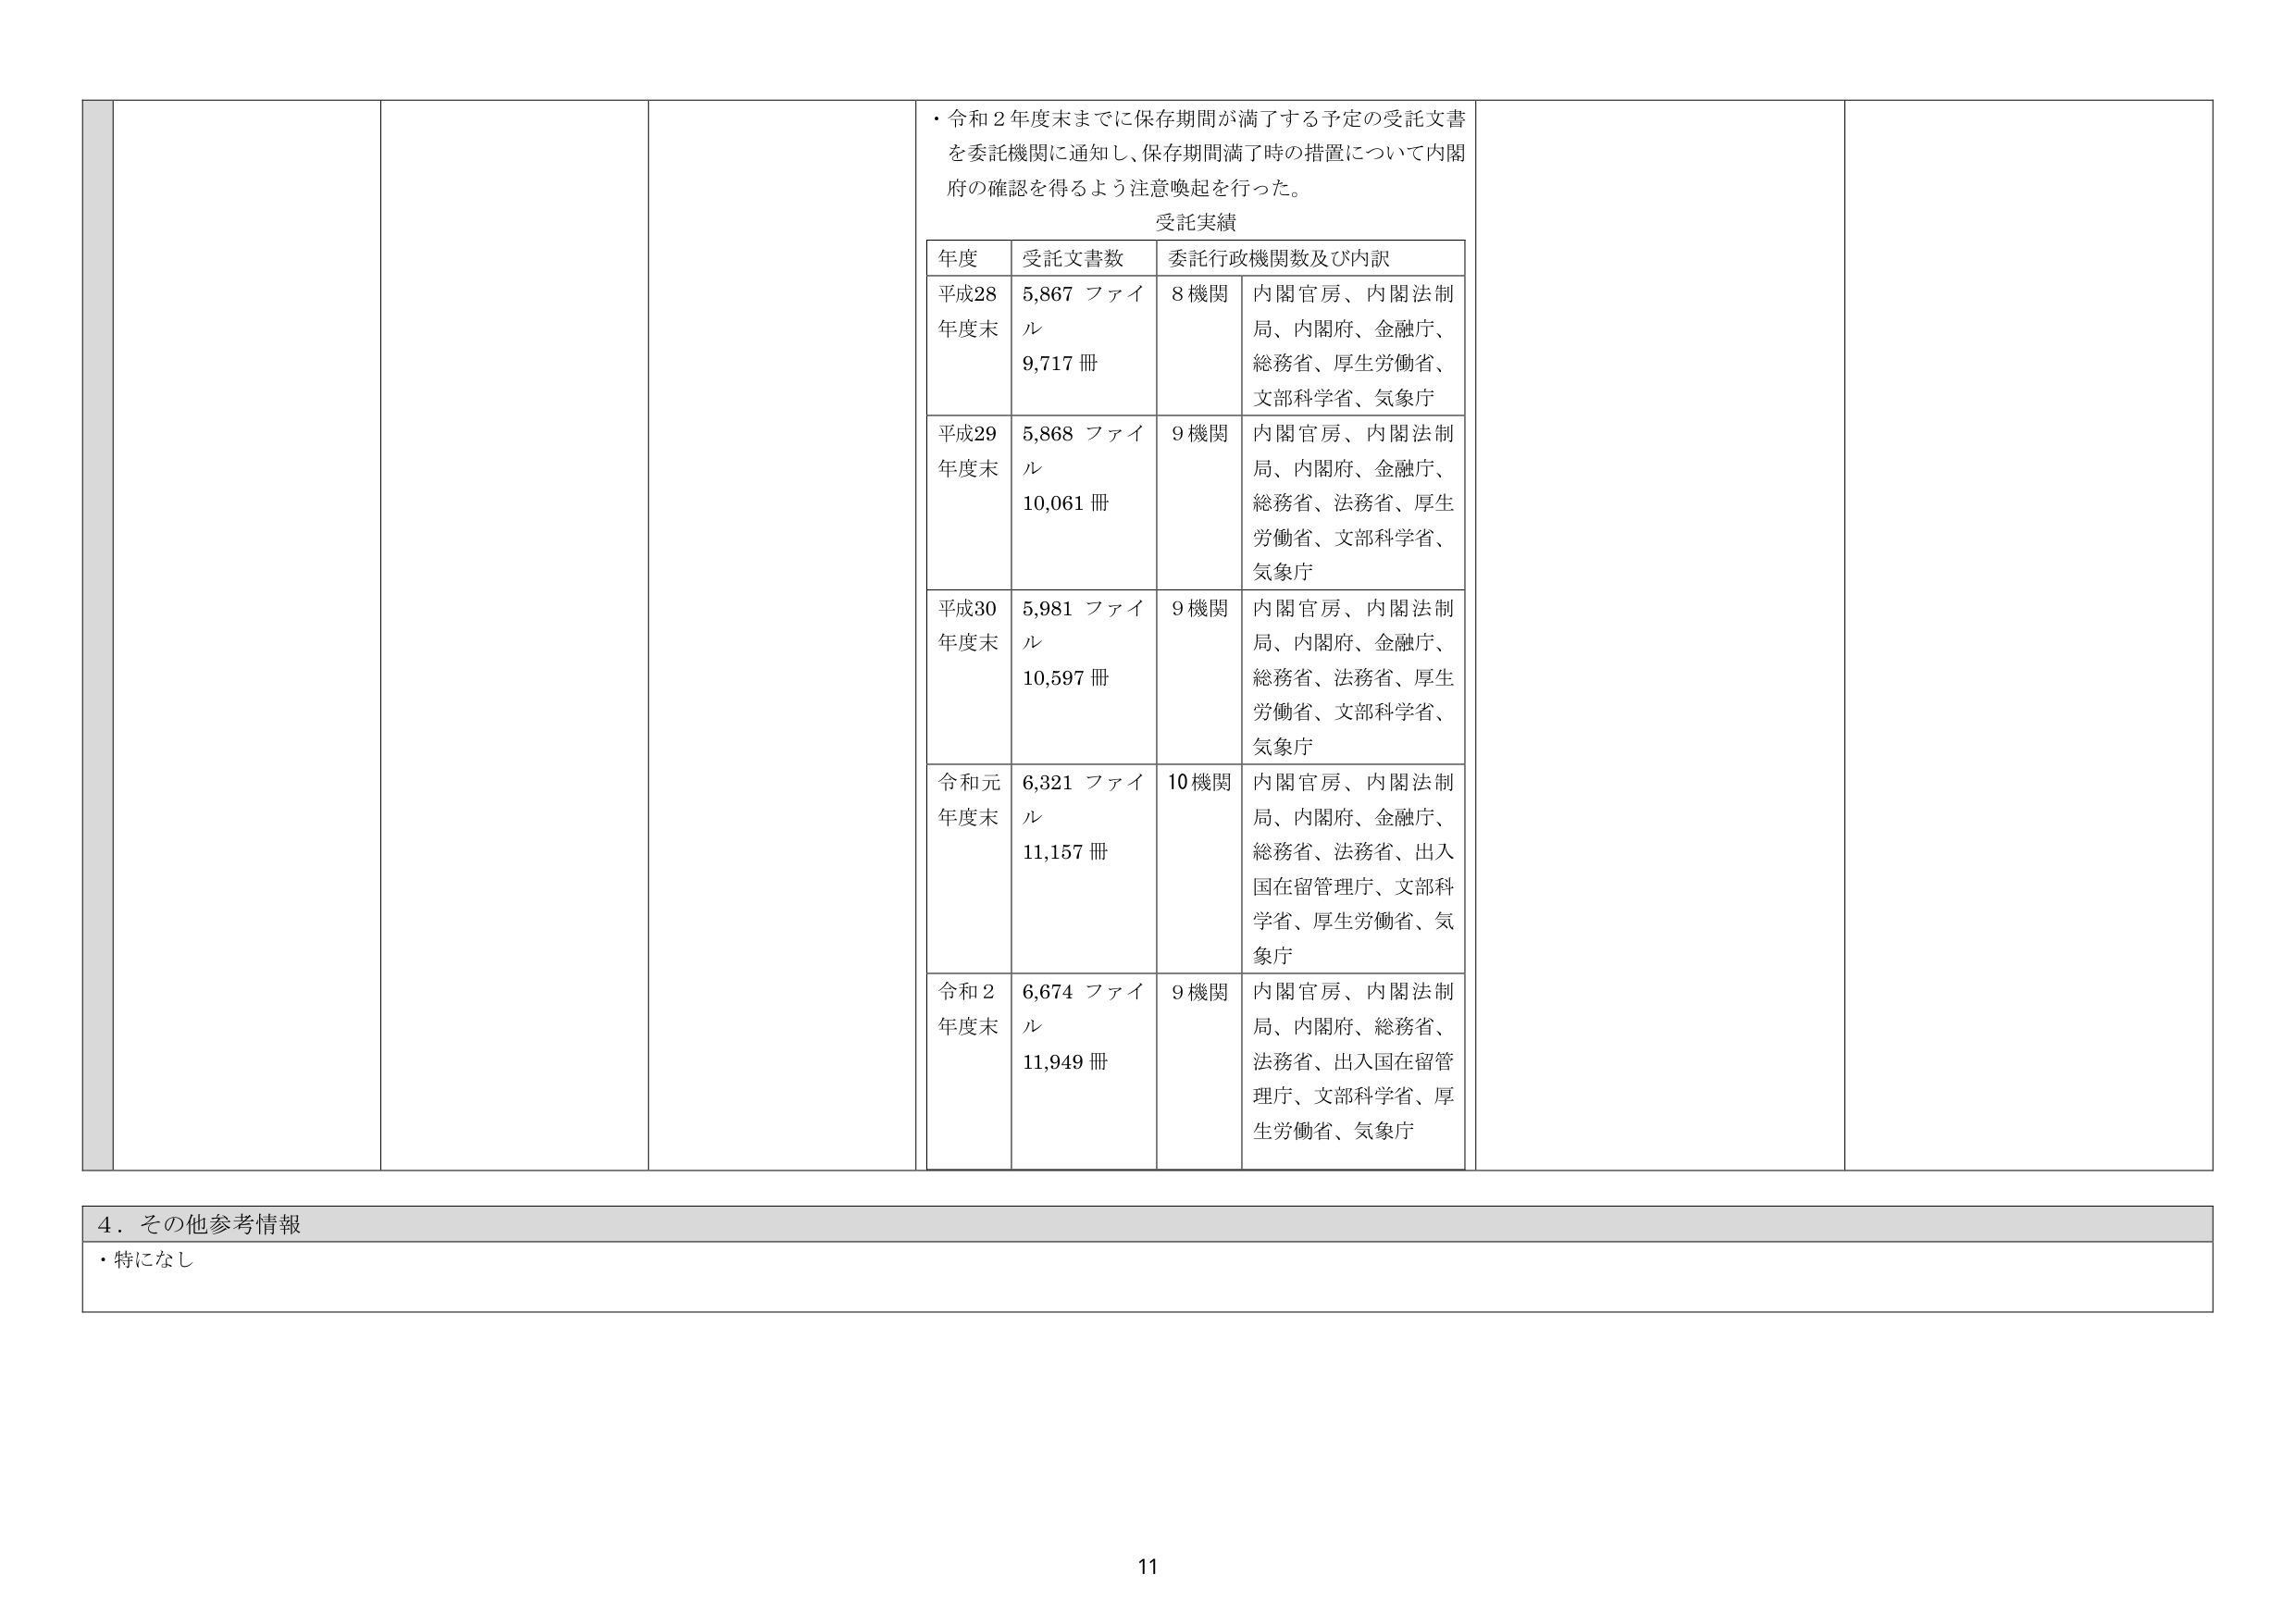
・令和２年度末までに保存期間が満了する予定の受託文書を委託機関に通知し、保存期間満了時の措置について内閣府の確認を得るよう注意喚起を行った。

受託実績

年度 受託文書数 委託行政機関数及び内訳
平成28年度末 5,867 ファイル 8機関 内閣官房、内閣法制局、内閣府、金融庁、総務省、厚生労働省、文部科学省、気象庁
9,717 冊
平成29年度末 5,868 ファイル 9機関 内閣官房、内閣法制局、内閣府、金融庁、総務省、法務省、厚生労働省、文部科学省、気象庁
10,061 冊
平成30年度末 5,981 ファイル 9機関 内閣官房、内閣法制局、内閣府、金融庁、総務省、法務省、厚生労働省、文部科学省、気象庁
10,597 冊
令和元年度末 6,321 ファイル 10機関 内閣官房、内閣法制局、内閣府、金融庁、総務省、法務省、出入国在留管理庁、文部科学省、厚生労働省、気象庁
11,157 冊
令和２年度末 6,674 ファイル 9機関 内閣官房、内閣法制局、内閣府、総務省、法務省、出入国在留管理庁、文部科学省、厚生労働省、気象庁
11,949 冊

４．その他参考情報
・特になし

11